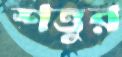
শত্তুর